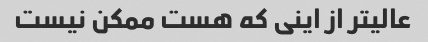
عالیتر از اینی که هست ممکن نیست